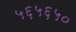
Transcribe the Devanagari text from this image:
५६५६५०